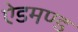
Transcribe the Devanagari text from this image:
ऐडमण्ड